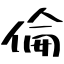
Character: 倫